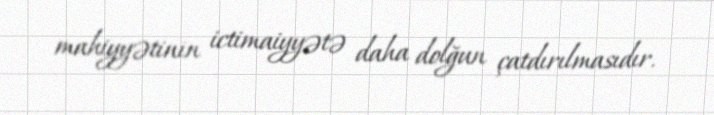
mahiyyətinin ictimaiyyətə daha dolğun çatdırılmasıdır.